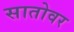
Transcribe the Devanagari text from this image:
सातोवर